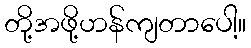
တို့အဖို့ဟန်ကျတာပေါ့။